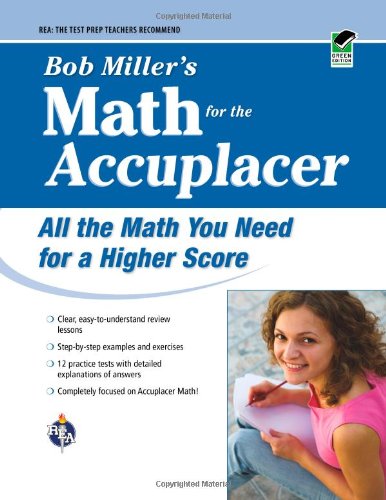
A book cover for ACCUPLACERÂ®: Bob Miller's Math Prep (College Placement Test Preparation); Mr. Bob Miller M.S.; Test Preparation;